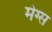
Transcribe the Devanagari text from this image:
मेग्स